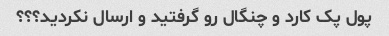
پول پک کارد و چنگال رو گرفتید و ارسال نکردید؟؟؟